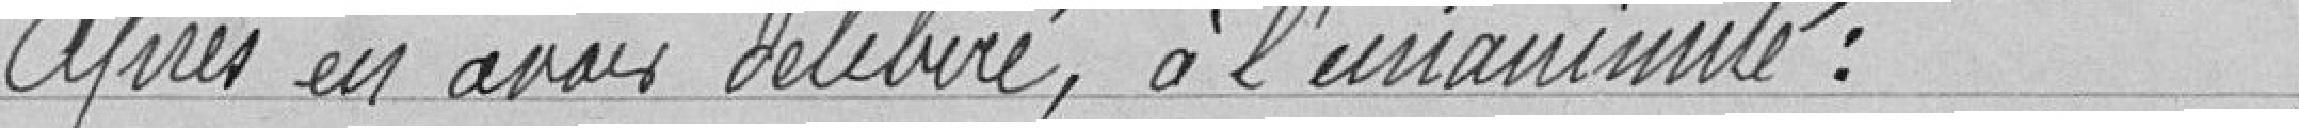
Après en avoir délibéré, à l'unanimité :